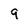
Character: 9